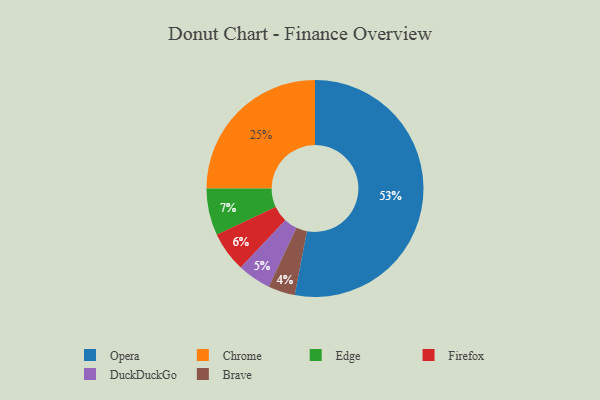
{"axis": {"x": "Category", "y": "Percentage"}, "legend": ["Brave", "Chrome", "DuckDuckGo", "Edge", "Firefox", "Opera"], "data": [{"x": "Opera", "y": 53, "type": "Opera"}, {"x": "Brave", "y": 4, "type": "Brave"}, {"x": "Firefox", "y": 6, "type": "Firefox"}, {"x": "Edge", "y": 7, "type": "Edge"}, {"x": "Chrome", "y": 25, "type": "Chrome"}, {"x": "DuckDuckGo", "y": 5, "type": "DuckDuckGo"}]}